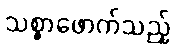
သစ္စာဖောက်သည့်